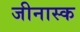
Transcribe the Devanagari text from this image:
जीनास्‍क